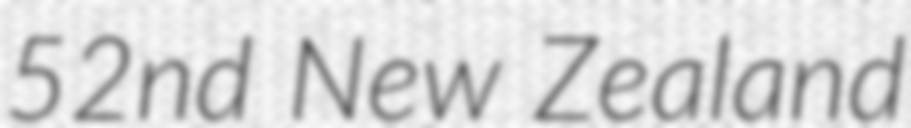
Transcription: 52nd New Zealand